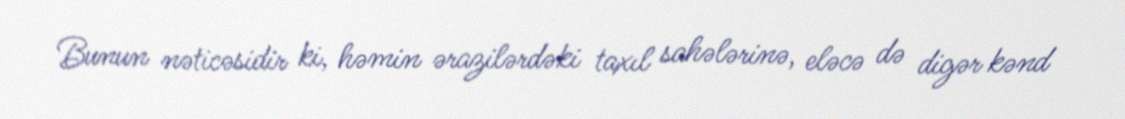
Bunun nəticəsidir ki, həmin ərazilərdəki taxıl sahələrinə, eləcə də digər kənd